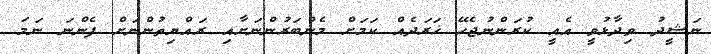
ނަޝީދު ވިދާޅުވީ އެއީ ކުރަންނުޖެހޭ ޚަރަދެއް ކަމަށް މެންބަރުންނަށާއި ރައްޔިތުންނަށް ފެންނަ ނަމަ